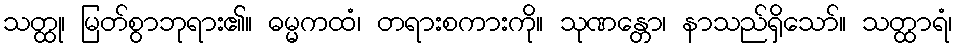
သတ္ထု၊ မြတ်စွာဘုရား၏။ ဓမ္မကထံ၊ တရားစကားကို။ သုဏန္တော၊ နာသည်ရှိသော်။ သတ္ထာရံ၊